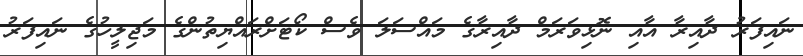
ނައިފަރު ދާއިރާ އާއި ނޮޅިވަރަމް ދާއިރާގެ މައްސަލަ ވެސް ކޯޓަށްރައްޔިތުންގެ މަޖިލީހުގެ ނައިފަރު